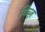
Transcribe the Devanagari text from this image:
गिब्ज़